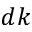
d k